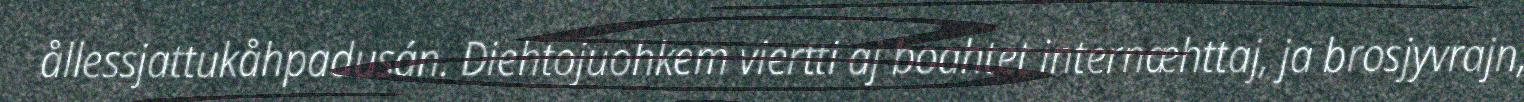
ållessjattukåhpadusán. Diehtojuohkem viertti aj boahtet internæhttaj, ja brosjyvrajn,